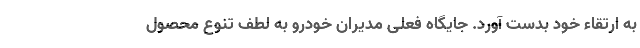
به ارتقاء خود بدست آورد. جایگاه فعلی مدیران خودرو به لطف تنوع محصول